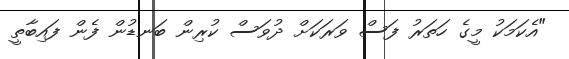
"އެކަމަކު މީގެ ހަތަރު ފަސް ވަރަކަށް ދުވަސް ކުރިން ބަނޑުން ފެން ފައިބާތީ